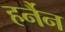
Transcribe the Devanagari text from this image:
हर्नैन